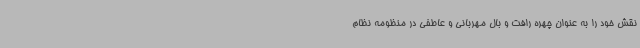
نقش خود را به عنوان چهره رافت و بال مهربانی و عاطفی در منظومه نظام